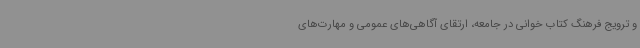
و ترویج فرهنگ کتاب خوانی در جامعه، ارتقای آگاهی‌های عمومی و مهارت‌های